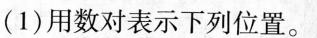
(1)用数对表示下列位置。